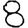
Digit: 8